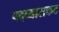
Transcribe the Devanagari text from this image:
पदव्यासकट